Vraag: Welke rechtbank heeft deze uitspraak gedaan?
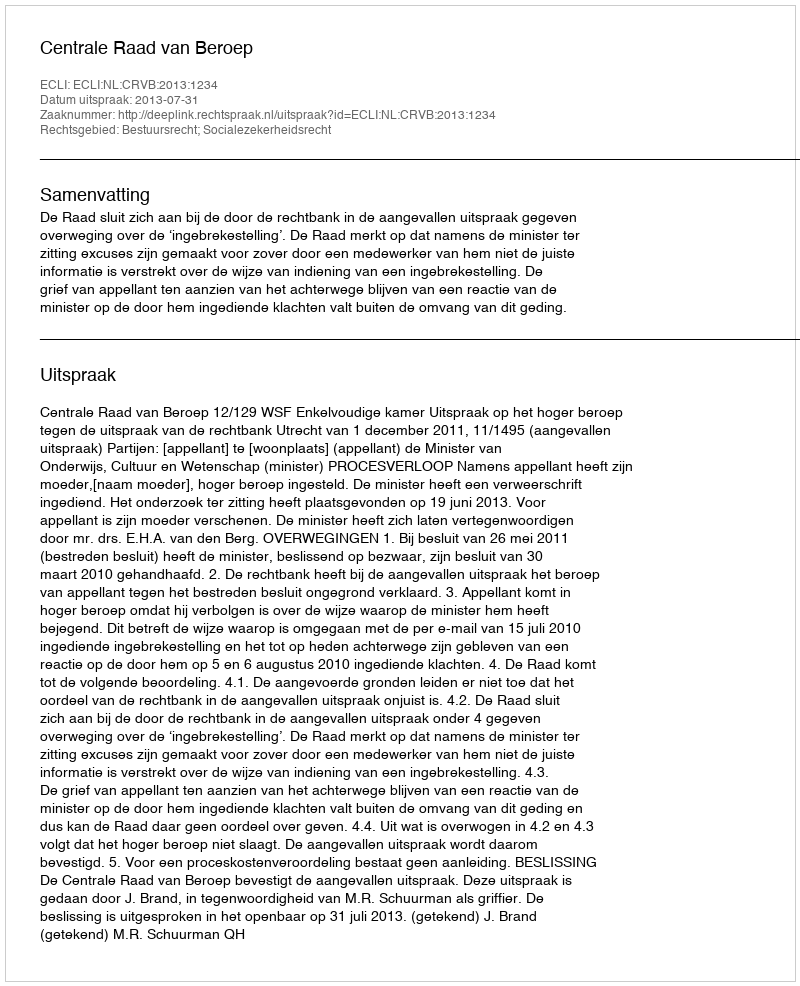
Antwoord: Centrale Raad van Beroep